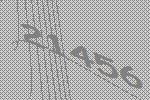
21456